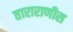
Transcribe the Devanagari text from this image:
ताराराणीस